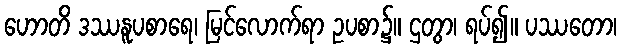
ဟောတိ ဒဿနူပစာရေ၊ မြင်လောက်ရာ ဥပစာ၌။ ဌတွာ၊ ရပ်၍။ ပဿတော၊